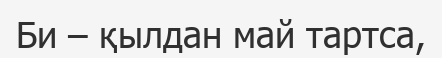
Би – қылдан май тартса,